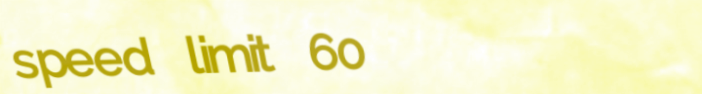
speed limit 60